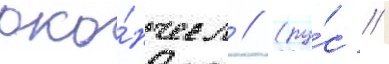
око́нчил // (ру́с //